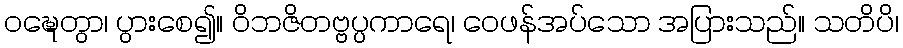
ဝဍ္ဎေတွာ၊ ပွားစေ၍။ ဝိဘဇိတဗ္ဗပ္ပကာရေ၊ ဝေဖန်အပ်သော အပြားသည်။ သတိပိ၊